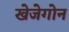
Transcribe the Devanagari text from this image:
खेजेगोन